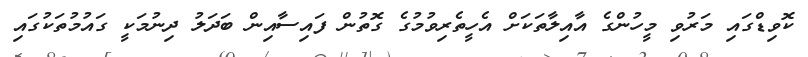
ކޮވިޑްގައި މަރުވި މީހުންގެ އާއިލާތަކަށް އެހީތެރިވުމުގެ ގޮތުން ފައިސާއިން ބަދަލު ދިނުމަކީ ގައުމުތަކުގައި